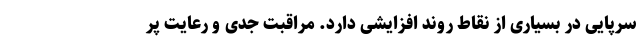
سرپایی در بسیاری از نقاط روند افزایشی دارد. مراقبت جدی و رعایت پر